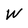
Character: W